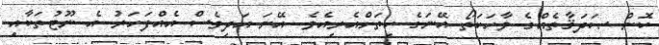
ކޮން ޞަދަޤާތެއްގެ ވާހަކަތޯ އޭނަގެ ހިތަށްއެރިއެވެ. އޭނަ އަދިވެސް އެއްފަހަރު އެ ނޫޓުތަކާއި